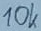
Text: 10K